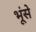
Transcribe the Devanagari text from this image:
भूंसे